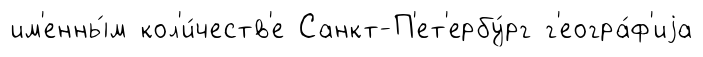
им'енны́м кол'и́честв'е Санкт-П'ет'ербу́рг г'еогра́ф'иjа